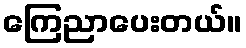
ကြေညာပေးတယ်။